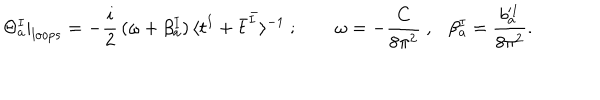
LaTeX: \Theta _ { a } ^ { I } | _ { l o o p s } = - \frac { i } { 2 } \, ( \omega + \beta _ { a } ^ { I } ) \, \langle t ^ { I } + \bar { t } ^ { \bar { I } } \rangle ^ { - 1 } ~ ; { } ~ ~ \omega = - \frac { C } { 8 \pi ^ { 2 } } ~ , \beta _ { a } ^ { I } = \frac { b _ { a } ^ { I } } { 8 \pi ^ { 2 } } .